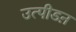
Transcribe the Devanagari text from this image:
उत्पीडऩ